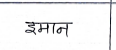
मजकूर: इमान